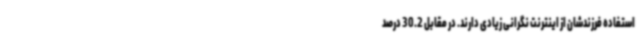
استفاده فرزندشان از اینترنت نگرانی زیادی دارند. در مقابل 30.2 درصد